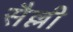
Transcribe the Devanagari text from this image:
सैल्ली